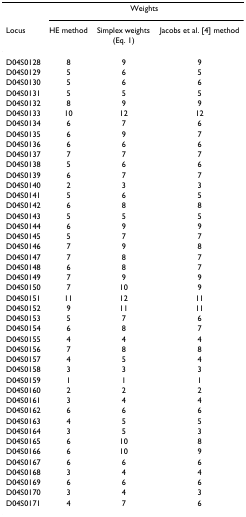
|  | <COLSPAN=3> Weights |
 | Locus | HE method | Simplex weights (Eq. 1) | Jacobs et al. [4] method |
 | --- | --- | --- | --- |
 | D04S0128 | 8 | 9 | 9 |
 | D04S0129 | 5 | 6 | 5 |
 | D04S0130 | 5 | 6 | 6 |
 | D04S0131 | 5 | 5 | 5 |
 | D04S0132 | 8 | 9 | 9 |
 | D04S0133 | 10 | 12 | 12 |
 | D04S0134 | 6 | 7 | 6 |
 | D04S0135 | 6 | 9 | 7 |
 | D04S0136 | 6 | 6 | 6 |
 | D04S0137 | 7 | 7 | 7 |
 | D04S0138 | 5 | 6 | 6 |
 | D04S0139 | 6 | 7 | 7 |
 | D04S0140 | 2 | 3 | 3 |
 | D04S0141 | 5 | 6 | 5 |
 | D04S0142 | 6 | 8 | 8 |
 | D04S0143 | 5 | 5 | 5 |
 | D04S0144 | 6 | 9 | 9 |
 | D04S0145 | 5 | 7 | 7 |
 | D04S0146 | 7 | 9 | 8 |
 | D04S0147 | 7 | 8 | 7 |
 | D04S0148 | 6 | 8 | 7 |
 | D04S0149 | 7 | 9 | 9 |
 | D04S0150 | 7 | 10 | 9 |
 | D04S0151 | 11 | 12 | 11 |
 | D04S0152 | 9 | 11 | 11 |
 | D04S0153 | 5 | 7 | 6 |
 | D04S0154 | 6 | 8 | 7 |
 | D04S0155 | 4 | 4 | 4 |
 | D04S0156 | 7 | 8 | 8 |
 | D04S0157 | 4 | 5 | 4 |
 | D04S0158 | 3 | 3 | 3 |
 | D04S0159 | 1 | 1 | 1 |
 | D04S0160 | 2 | 2 | 2 |
 | D04S0161 | 3 | 4 | 4 |
 | D04S0162 | 6 | 6 | 6 |
 | D04S0163 | 4 | 5 | 5 |
 | D04S0164 | 3 | 5 | 3 |
 | D04S0165 | 6 | 10 | 8 |
 | D04S0166 | 6 | 10 | 9 |
 | D04S0167 | 6 | 6 | 6 |
 | D04S0168 | 3 | 4 | 4 |
 | D04S0169 | 6 | 6 | 6 |
 | D04S0170 | 3 | 4 | 3 |
 | D04S0171 | 4 | 7 | 6 |